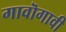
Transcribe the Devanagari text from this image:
गावॊगावी